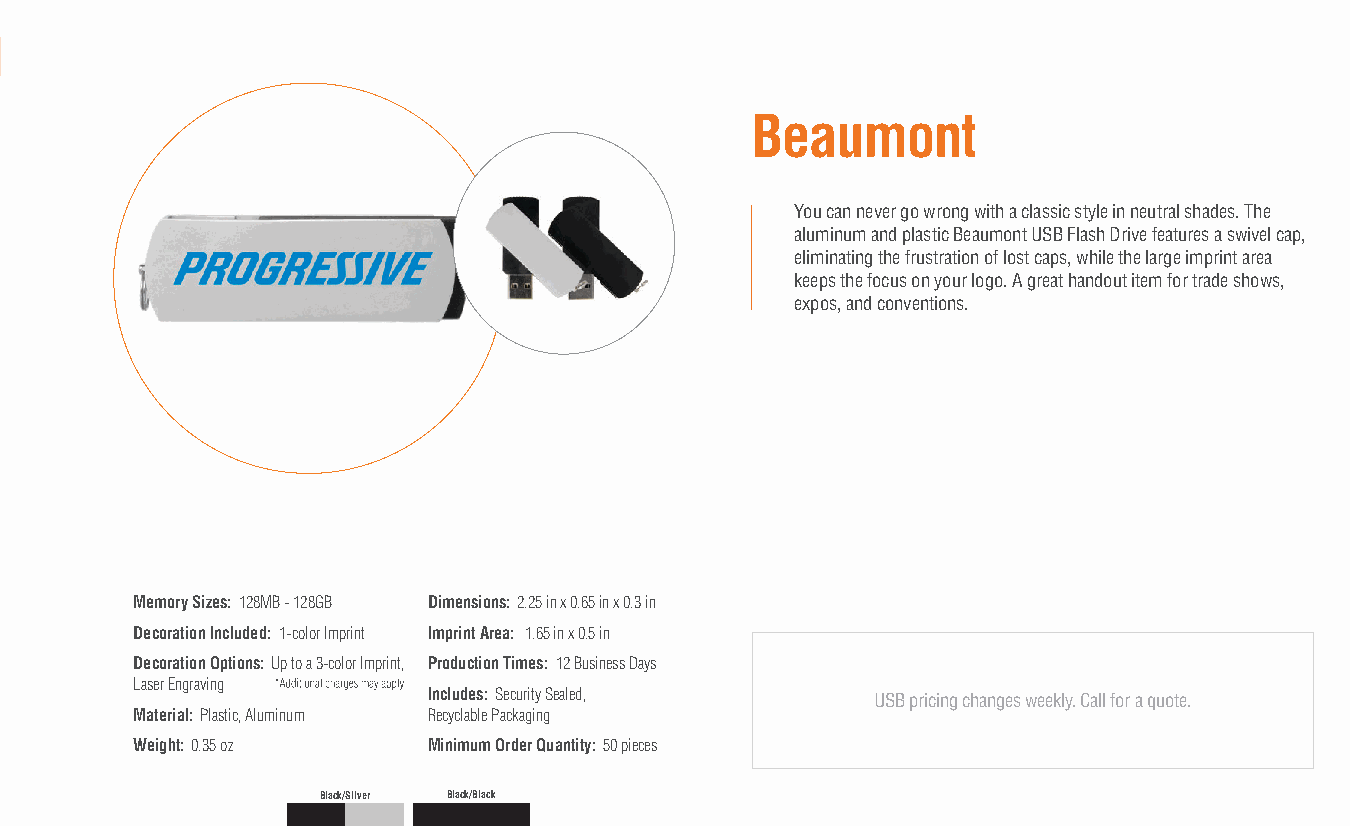
Beaumont
 You can never go wrong with a classic style in neutral shades. The
 aluminum and plastic Beaumont USB Flash Drive features a swivel cap,
 eliminating the frustration of lost caps, while the large imprint area
 keeps the focus on your logo. A great handout item for trade shows,
 expos, and conventions.
 Memory Sizes: 128MB - 128GB Dimensions: 2.25 in x 0.65 in x 0.3 in
 Decoration Included: 1-color Imprint Imprint Area: 1.65 in x 0.5 in
 Decoration Options: Up to a 3-color Imprint, Production Times: 12 Business Days
 Laser Engraving
 Includes: Security Sealed,    USB pricing changes weekly. Call for a quote.
 Material: Plastic, Aluminum Recyclable Packaging
 Weight: 0.35 oz    Minimum Order Quantity: 50 pieces
 Black/Silver Black/Black